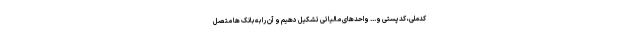
کدملی، کدپستی و... واحدهای مالیاتی تشکیل دهیم و آن را به بانک ها متصل